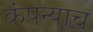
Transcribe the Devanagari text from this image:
कंपन्याच